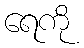
ရေကို